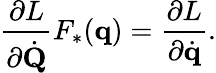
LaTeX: {\frac{\partial L}{\partial{\dot{\mathbf{Q}}}}}F_{*}(\mathbf{q})={\frac{\partial L}{\partial{\dot{\mathbf{q}}}}}.